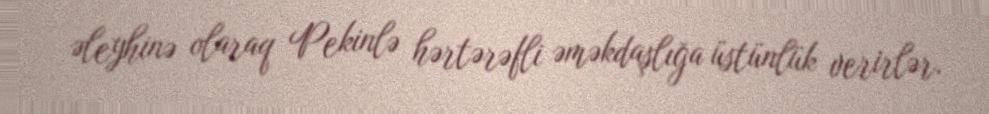
əleyhinə olaraq Pekinlə hərtərəfli əməkdaşlığa üstünlük verirlər.